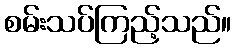
စမ်းသပ်ကြည့်သည်။